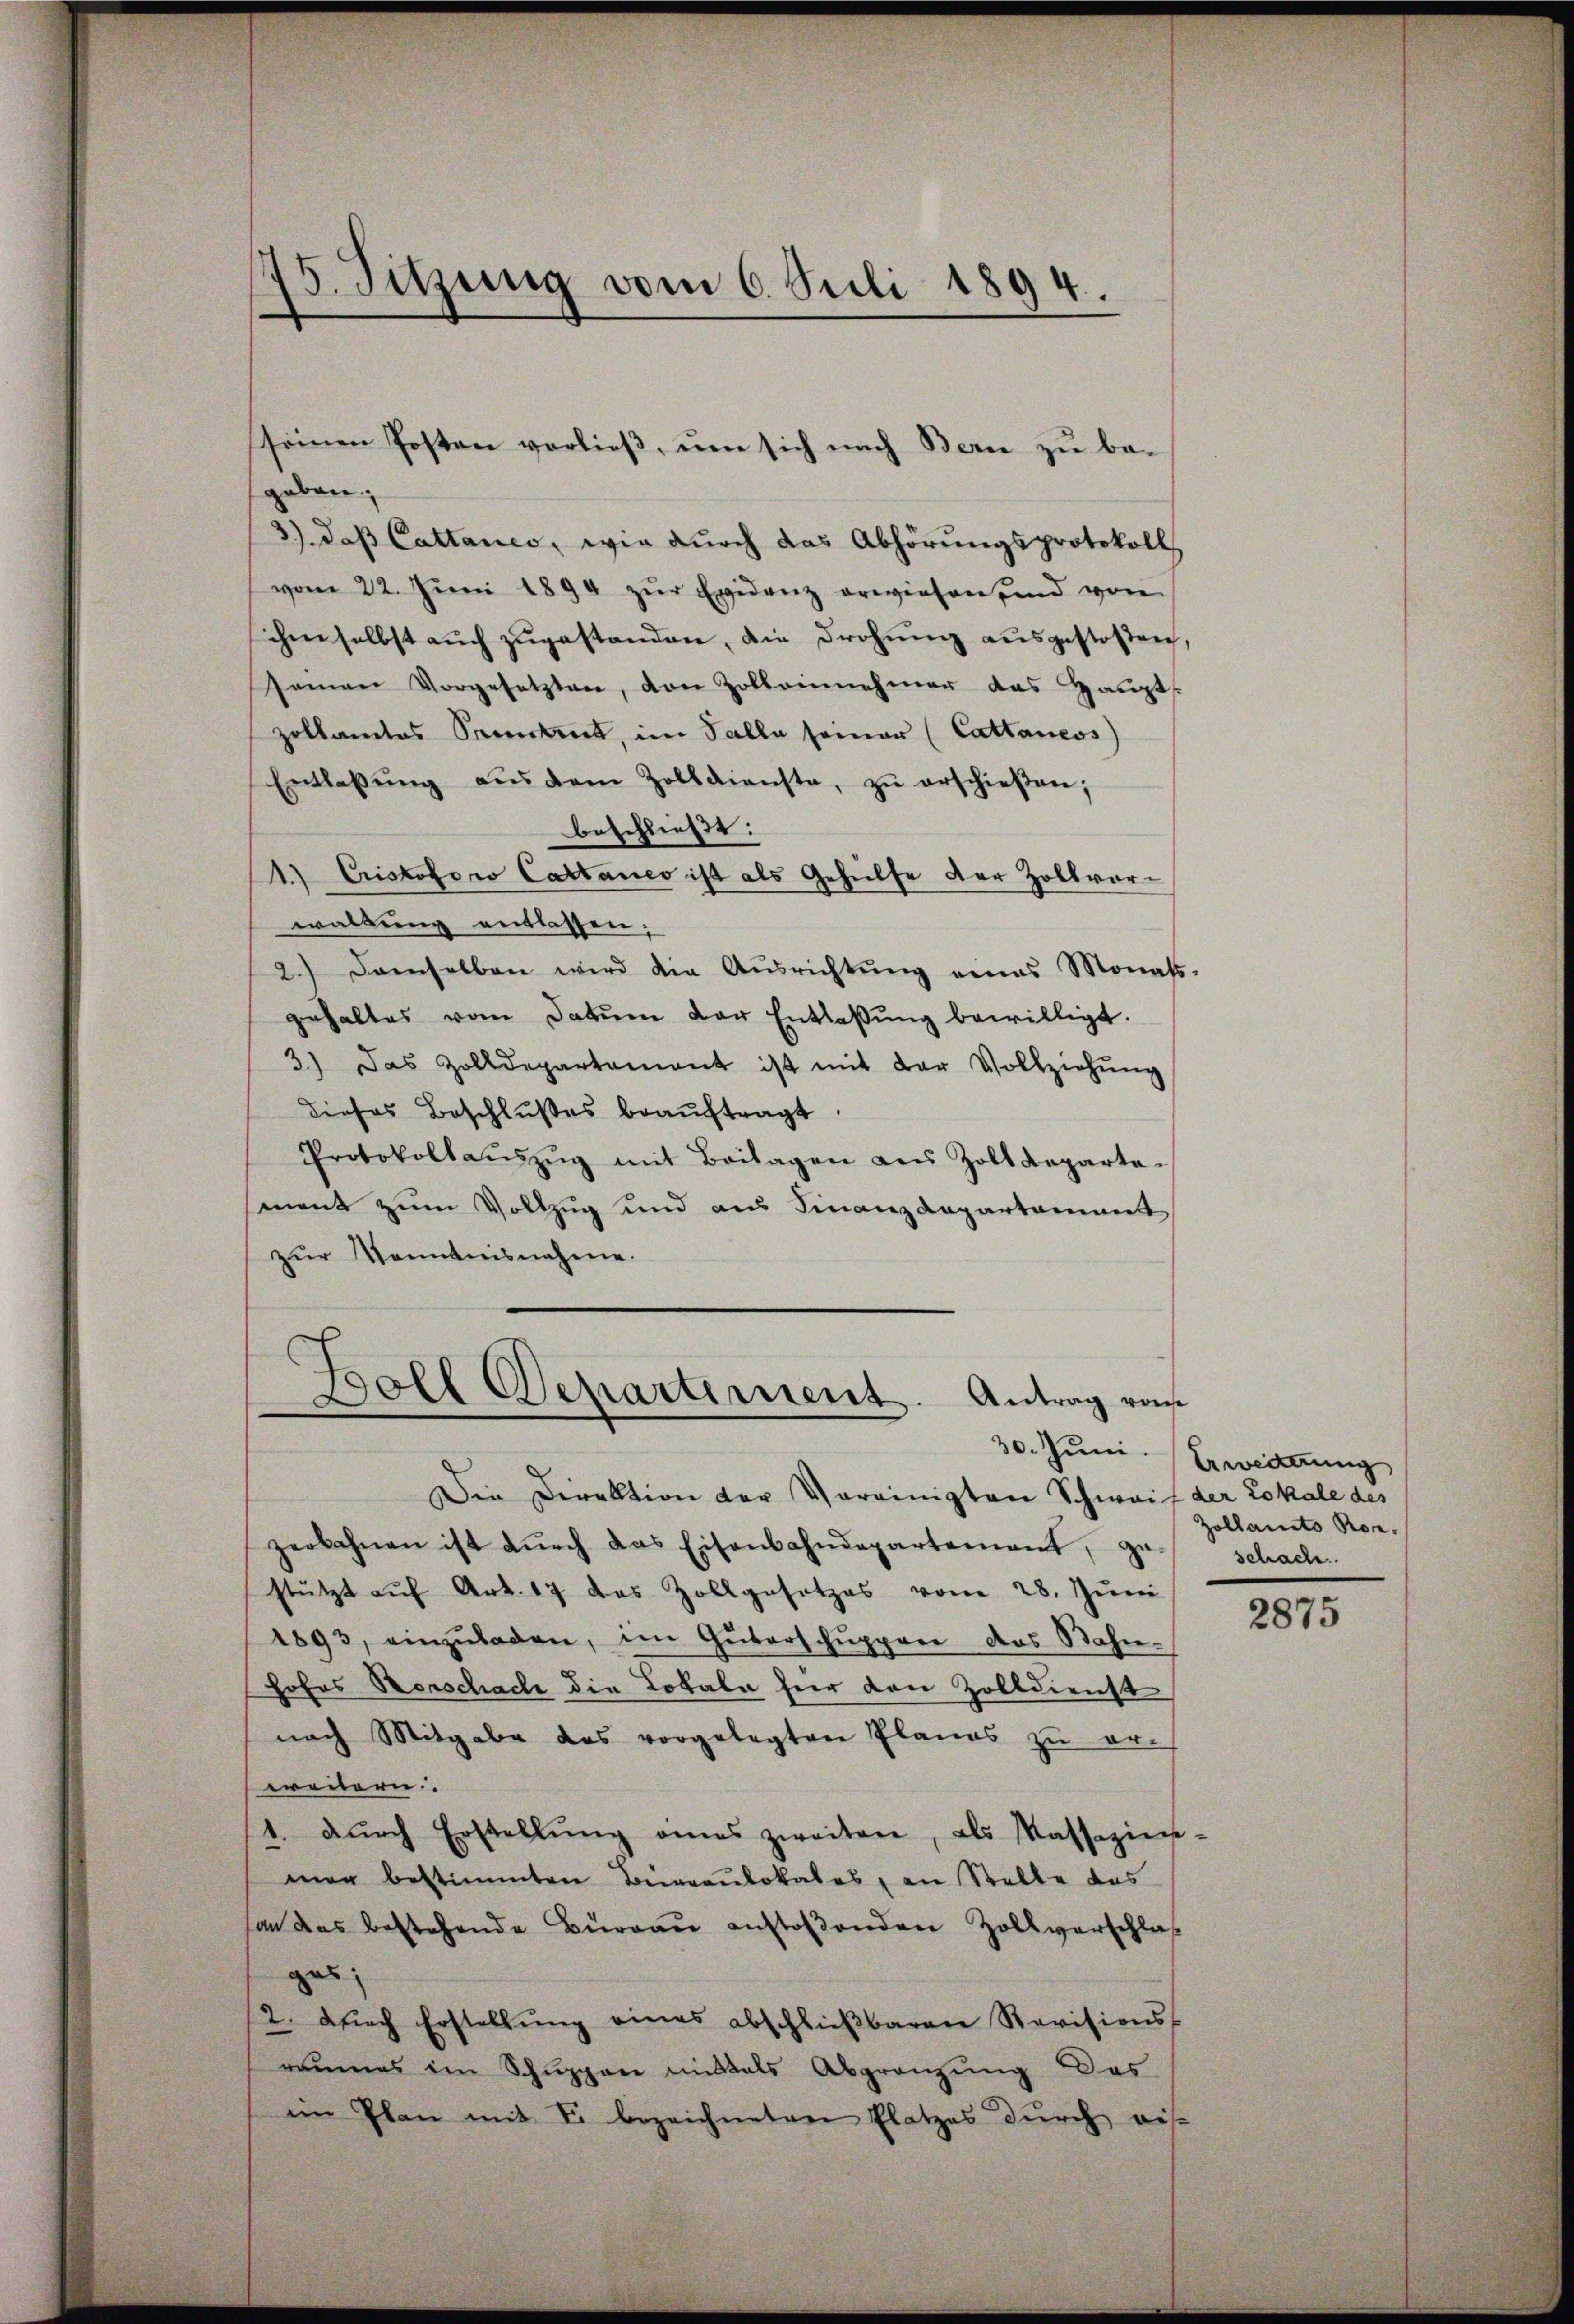
5. Sitzung vom 6. Juli 1894.

gaben,
3.) daβ Cattanco, wie dŭrch das Abhörungsprotokoll
vom 22. Jŭni 1894 zŭr Evidenz erwiesen und von
ihm selbst auch zugestanden, die Frohnung ausgestoßen,
seien vorgesetzten, von Zolleinehmer das Haupts
zollamtes Petrict, im Falle seiner (Cattaneos)
Entlassŭng aus dem Zolldienste, zŭ erschieβen;
beschließt:
1) Cristofowo Cattanco ist als Gehülfe der Zollvorwaltung entlassen:
2.) Demselben wird die Aŭsrichtŭng eines Monats-
gehaltes vom Datum der Entlaßung bewilligt.
3) Das Zolldepartamant ist mit der Vollziehŭng
dieses Beschlußes beaŭftragt.
Protokollaŭszŭg mit Beilagen aus Zolldeparte-
ment zum Vollzug und aus Finanzdepartament
zŭr Kenntnisnahme.
6

seinen Posten vorließ, um sich nach Bern zu be¬

Boll Departement. Antrag vo
J

30. Juni. Erweiterung

Die Direktion der Vereinigten Schweif der Lokale des
zerbahnen ist dŭrch das Eisenbahndepartement, ge- schach
stützt aŭf Art. 17 das Zollgesetzes vom 28. Jŭni
1893, einzŭladen, im Güterschuppen das Bahn-
Hofas Vorschache die Lokale für den Zolldienst
nach Mitgabe das vorgelegten Planes zu er-
weitern.
1. dŭrch Erstellŭng eines zweiten, als Kassazier-
mar bestimmten Büreaulokales, an Stelle das
son des bestehende Büreaŭ anstoβenden Zollverschlaß
gas
2. dŭrch Erstellŭng eines abschlieβbaren Revisions-
raumes im Schuppen mittals Abgrenzung des
im Plan mit F. bezeichneten Platzes durch ris-

Zollamto Ro.

2875